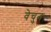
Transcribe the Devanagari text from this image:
वेचुन